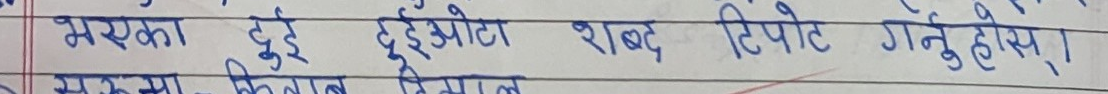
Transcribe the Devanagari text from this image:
भएका दुई दुईओटा शब्द टिपोट गर्नुहोस्।